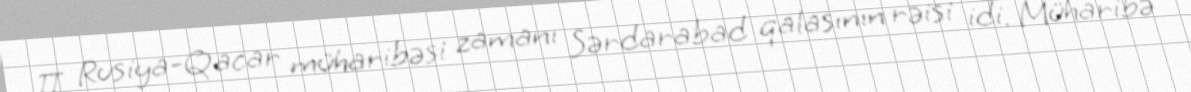
II Rusiya-Qacar müharibəsi zamanı Sərdarabad qalasının rəisi idi. Müharibə